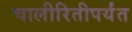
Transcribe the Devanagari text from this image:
चालीरितीपर्यंत